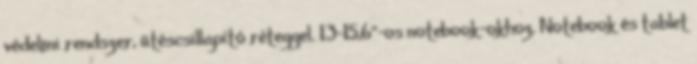
védelmi rendszer, ütéscsillapító réteggel. 13-15,6"-os notebook-okhoz. Notebook és tablet